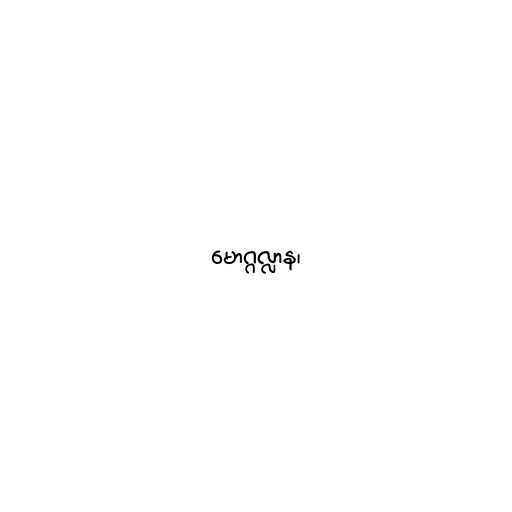
မောဂ္ဂလ္လာန၊